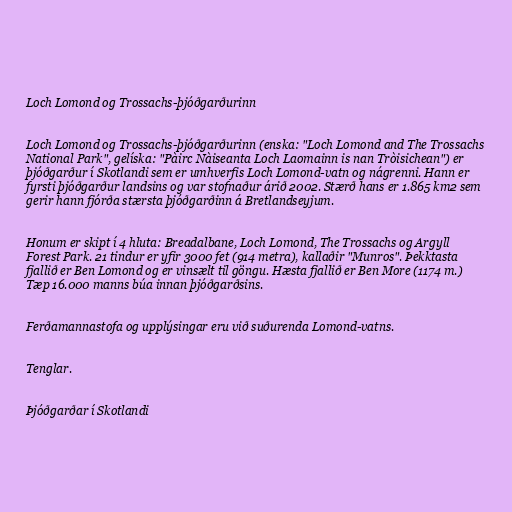
Loch Lomond og Trossachs-þjóðgarðurinn

Loch Lomond og Trossachs-þjóðgarðurinn (enska: "Loch Lomond and The Trossachs
National Park", gelíska: "Pàirc Nàiseanta Loch Laomainn is nan Tròisichean") er
þjóðgarður í Skotlandi sem er umhverfis Loch Lomond-vatn og nágrenni. Hann er
fyrsti þjóðgarður landsins og var stofnaður árið 2002. Stærð hans er 1.865 km2 sem
gerir hann fjórða stærsta þjóðgarðinn á Bretlandseyjum.

Honum er skipt í 4 hluta: Breadalbane, Loch Lomond, The Trossachs og Argyll
Forest Park. 21 tindur er yfir 3000 fet (914 metra), kallaðir "Munros". Þekktasta
fjallið er Ben Lomond og er vinsælt til göngu. Hæsta fjallið er Ben More (1174 m.)
Tæp 16.000 manns búa innan þjóðgarðsins.

Ferðamannastofa og upplýsingar eru við suðurenda Lomond-vatns.

Tenglar.

Þjóðgarðar í Skotlandi